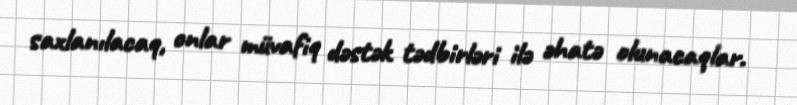
saxlanılacaq, onlar müvafiq dəstək tədbirləri ilə əhatə olunacaqlar.